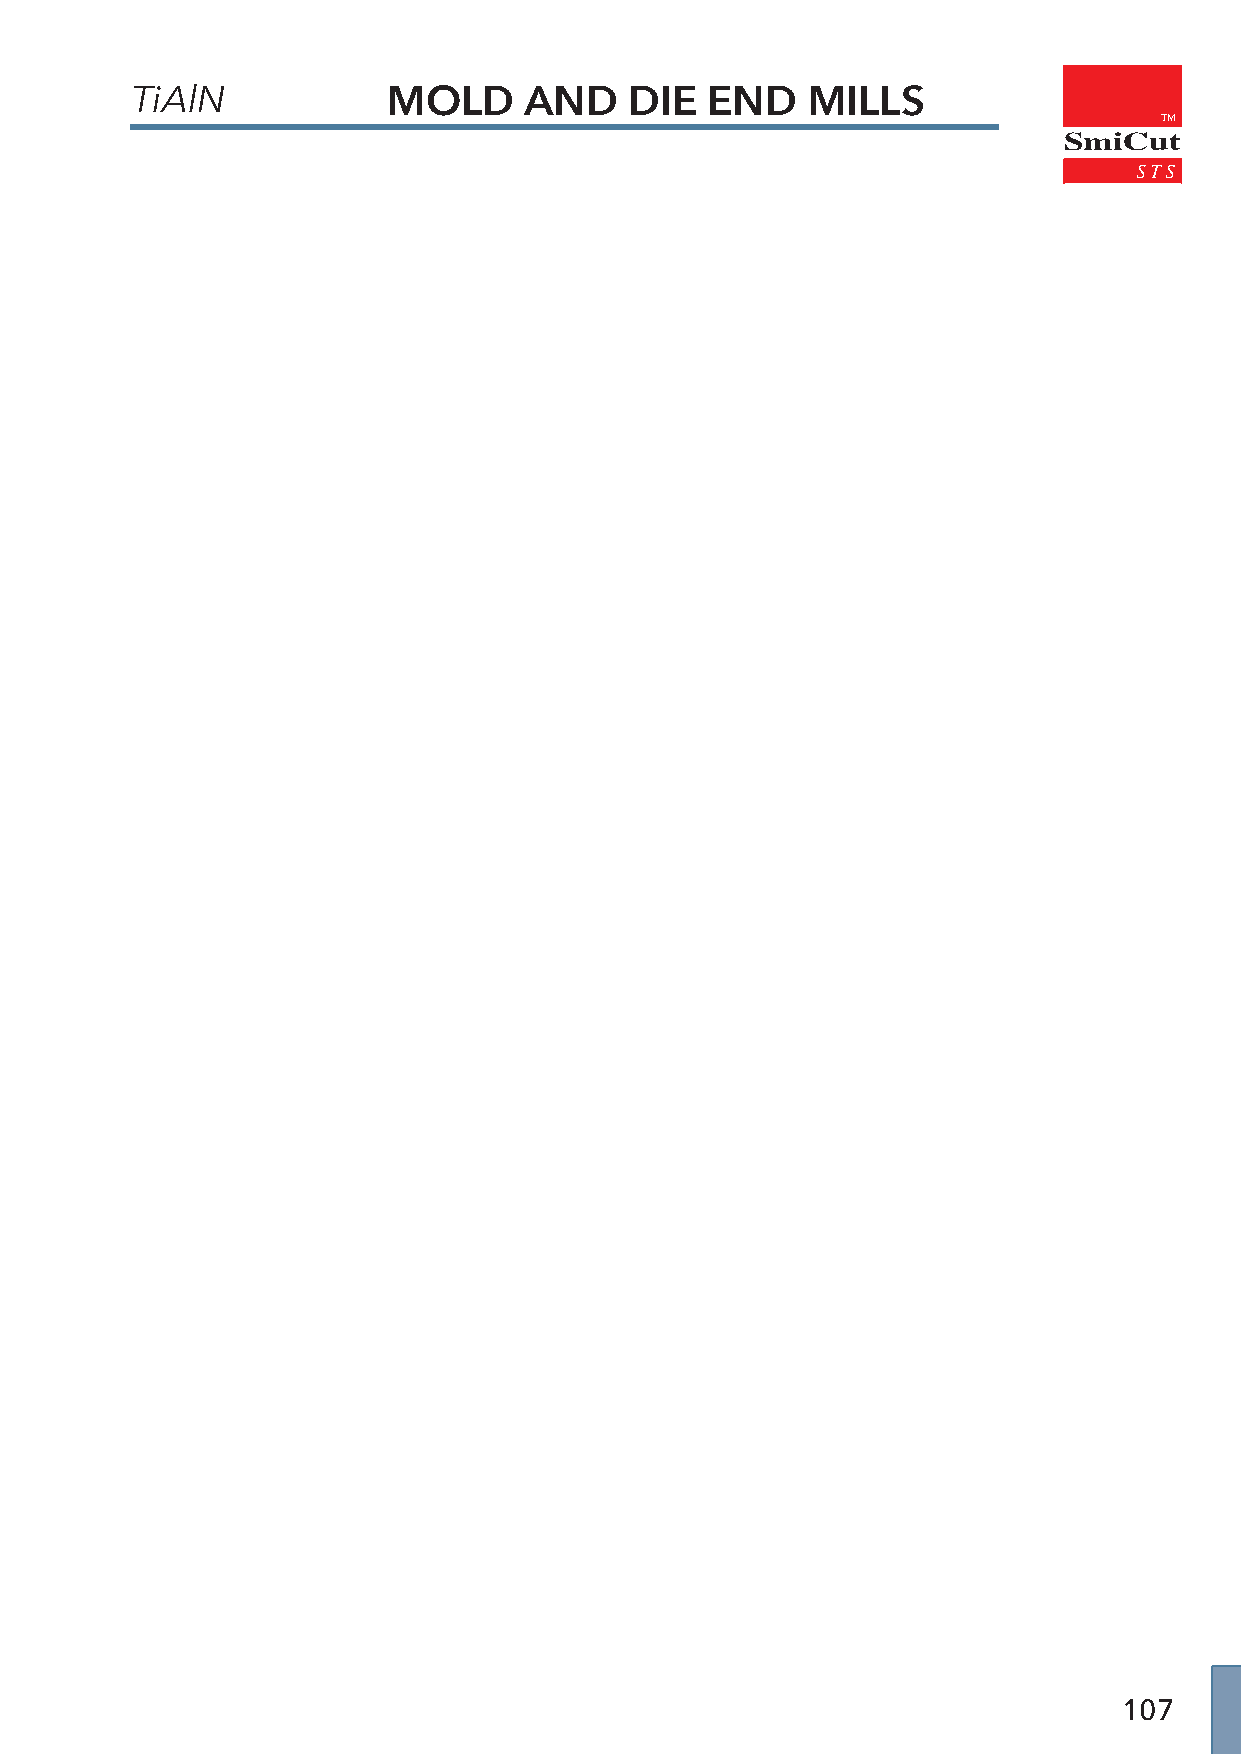
TiAlN            MOLD     AND    DIE  END   MILLS
 TM
 SmiCut
 107